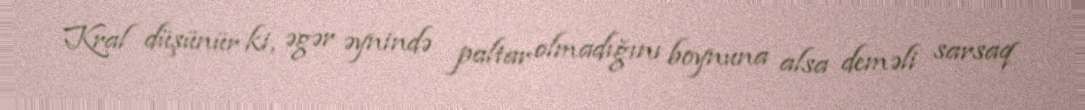
Kral düşünür ki, əgər əynində paltar olmadığını boynuna alsa deməli sarsaq